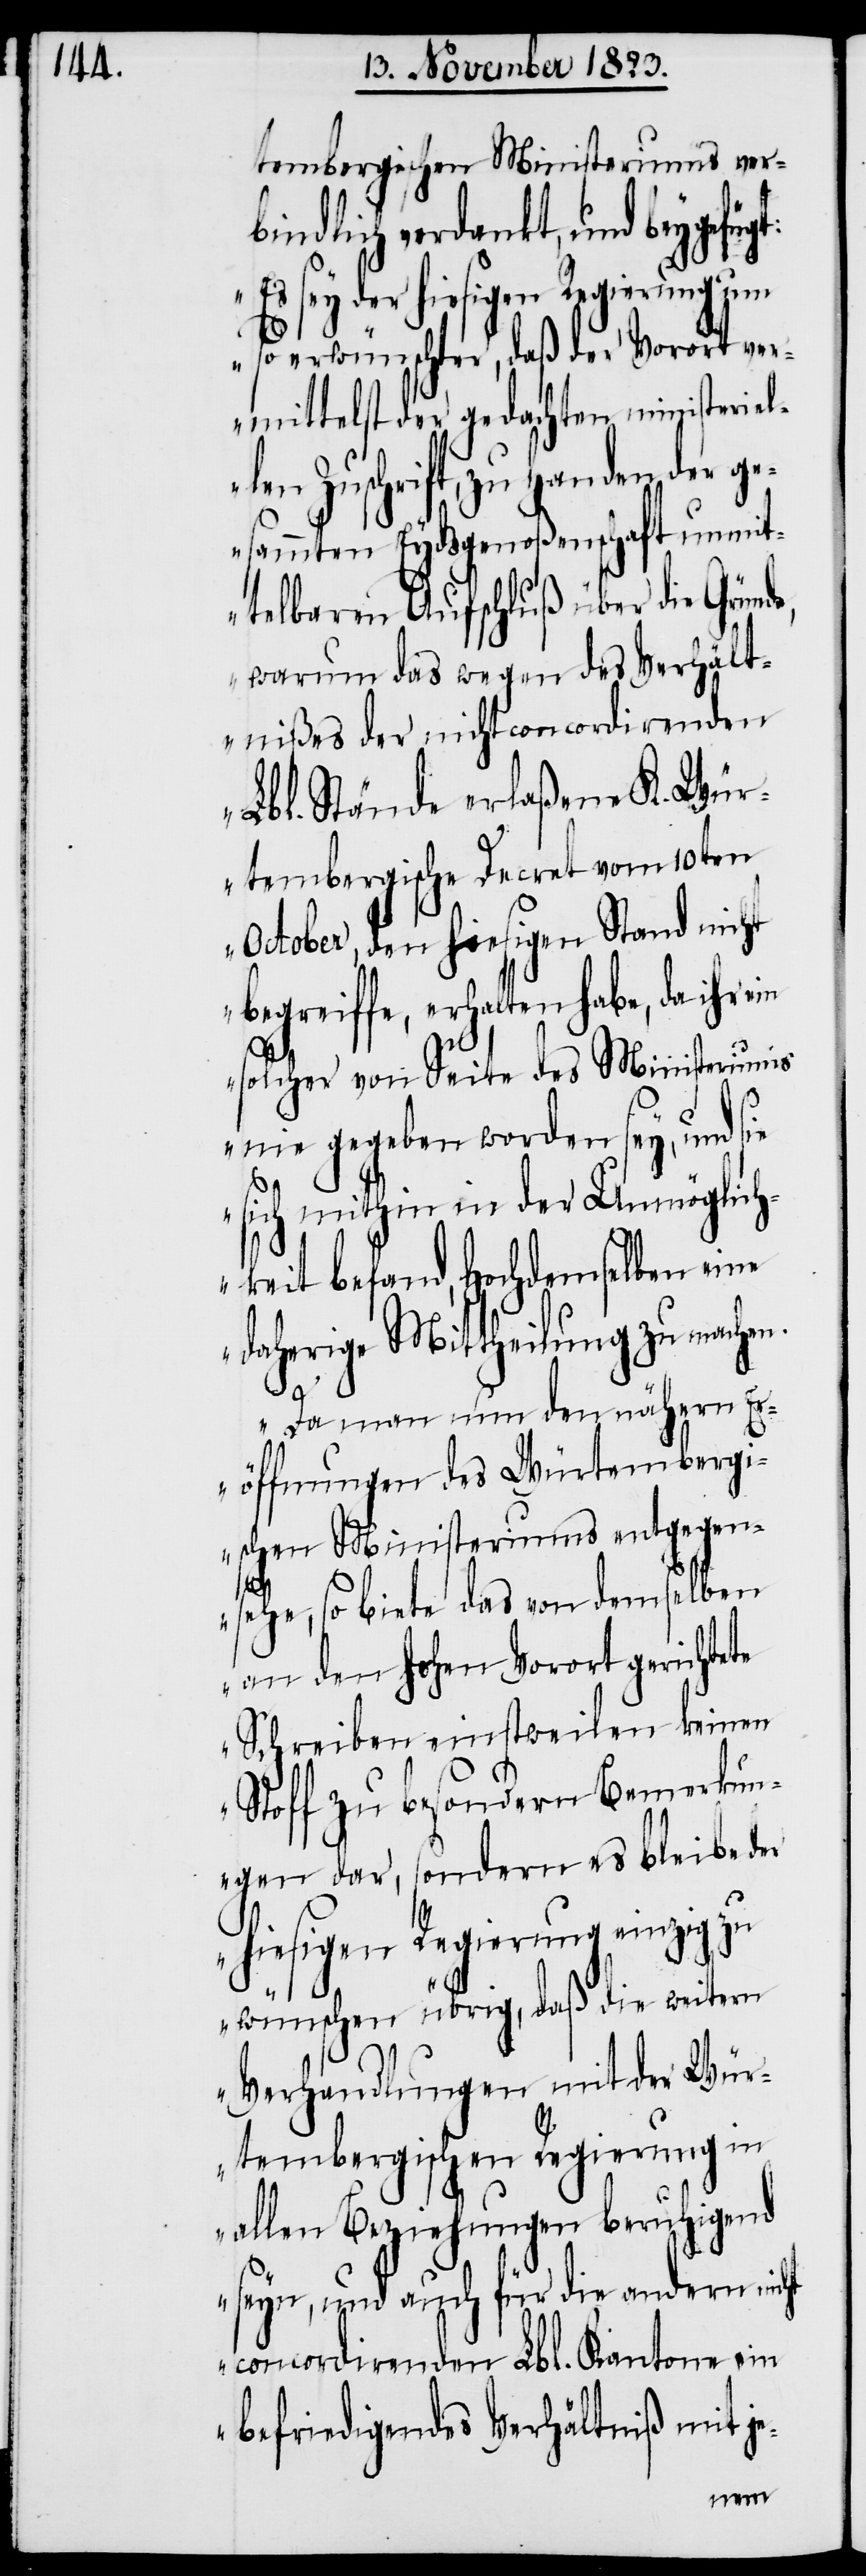
tembergischen Ministeriums ver¬
bindlich verdankt, und beygefüg¬
sey der hiesigen Regierung um
so erwünschter, daß der Vorort ver¬
mittelst der gedachten ministeriel¬
Zuschrift, zu Handen der g¬
esammten Eydsgenoßenschaft unmit¬
telbaren Aufschluß über die Gründe,
warum das wegen des Verhält¬
nißes der nicht concordirenden
Lbl. Stände erlaßene K. Wür¬
tembergische Decret vom 10ten
October, den hiesigen Stand nicht
begreiffe, erhalten habe, da ihr ein
solcher von Seite des Ministeriums
nie gegeben worden sey, und sie
sich mithin in der Unmöglich¬
keit befand, Hochdemselben eine
daherige Mittheilung zu machen.
Da man nun den nähern E¬
röffnungen des Würtembergi¬
schen Ministeriums entgegen¬
„Es
sehe, so biete das von demselben
an den hohen Vorort gerichtete
Schreiben einstweilen keinen
Stoff zu besondern Bemerkun¬
gen dar, sondern es bleibe der
hiesigen Regierung einzig zu
wünschen übrig, daß die weitern
Verhandlungen mit der Wür¬
tembergischen Regierung in
allen Beziehungen beruhigend
seyn, und auch für die andern nicht
concordirenden Lbl. Kantone ein
befriedigendes Verhältniß mit j¬
e-